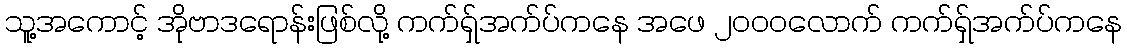
သူ့အကောင့် အိုဗာဒရောန်းဖြစ်လို့ ကက်ရှ်အက်ပ်ကနေ အဖေ ၂၀၀၀လောက် ကက်ရှ်အက်ပ်ကနေ